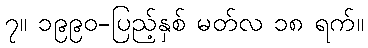
၇။ ၁၉၉၀-ပြည့်နှစ် မတ်လ ၁၈ ရက်။